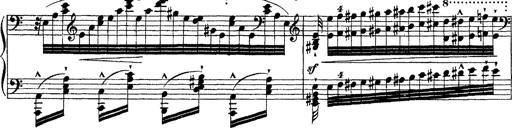
Title: Ã‰tudes d'exÃ©cution transcendante d'aprÃ¨s Paganini
Composer: Franz Liszt